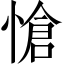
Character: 愴